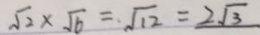
\sqrt { 2 } \times \sqrt { 6 } = \sqrt { 1 2 } = 2 \sqrt { 3 }